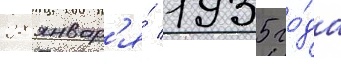
28 январ'я́ 1935 го́да